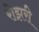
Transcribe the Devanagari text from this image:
रोझरी